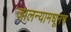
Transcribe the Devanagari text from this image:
जालन्यामधूनच